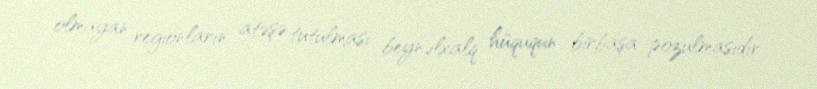
olmayan regionların atəşə tutulması beynəlxalq hüququn birbaşa pozulmasıdır.